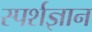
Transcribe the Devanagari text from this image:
स्‍पर्शज्ञान